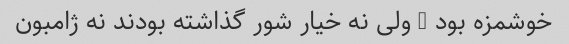
خوشمزه بود … ولی نه خیار شور گذاشته بودند نه ژامبون